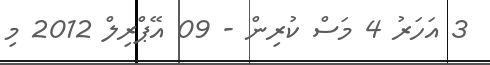
3 އަހަރު 4 މަސް ކުރިން - 09 އޭޕްރިލް 2012 މި